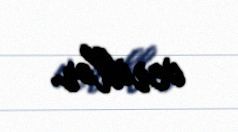
veriblər.